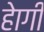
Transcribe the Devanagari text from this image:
हेागी